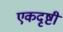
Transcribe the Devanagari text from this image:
एकदृष्टी